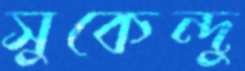
সুকেন্দু